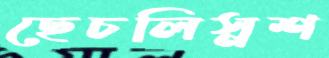
ছেচলিস্নশ